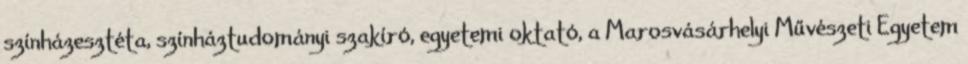
színházesztéta, színháztudományi szakíró, egyetemi oktató, a Marosvásárhelyi Művészeti Egyetem